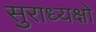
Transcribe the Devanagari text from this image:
सुराध्यक्षो